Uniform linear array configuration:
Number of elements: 32
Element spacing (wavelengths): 1
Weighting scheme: hamming
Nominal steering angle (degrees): -60
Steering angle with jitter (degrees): -59.485
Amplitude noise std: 0.05
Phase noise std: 0.05

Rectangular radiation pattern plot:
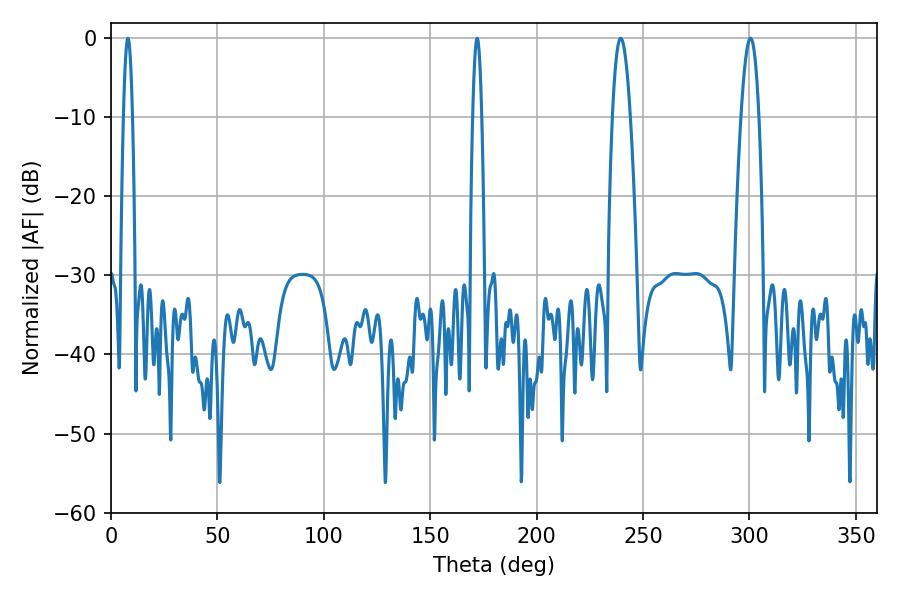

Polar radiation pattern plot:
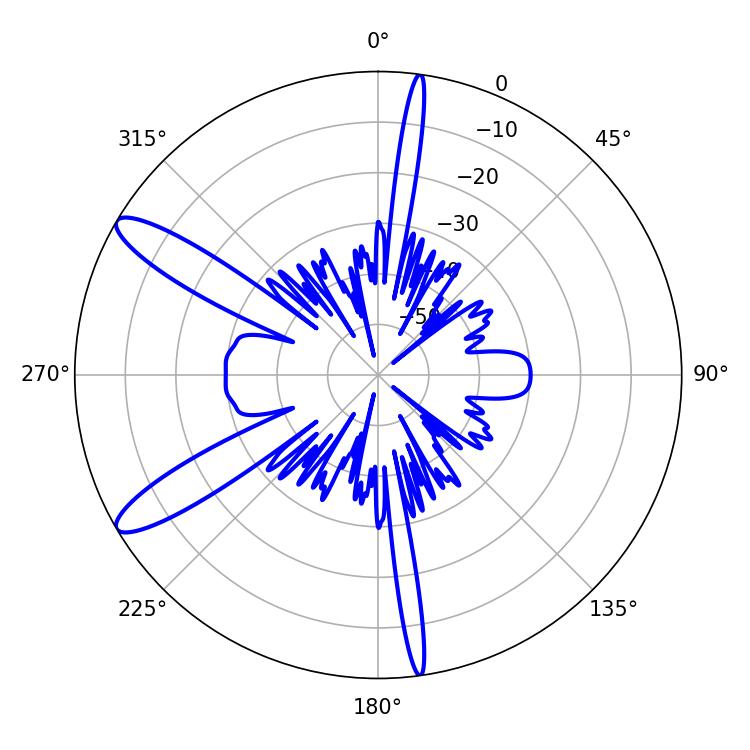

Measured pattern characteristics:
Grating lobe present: TRUE
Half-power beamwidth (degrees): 2.16
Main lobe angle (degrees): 7.92